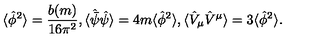
\langle \hat { \phi } ^ { 2 } \rangle = { \frac { b ( m ) } { 1 6 \pi ^ { 2 } } } , \langle \hat { \bar { \psi } } \hat { \psi } \rangle = 4 m \langle \hat { \phi } ^ { 2 } \rangle , \langle \hat { V } _ { \mu } \hat { V } ^ { \mu } \rangle = 3 \langle \hat { \phi } ^ { 2 } \rangle .